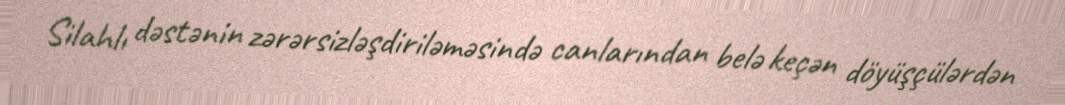
Silahlı dəstənin zərərsizləşdiriləməsində canlarından belə keçən döyüşçülərdən